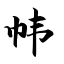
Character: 帏